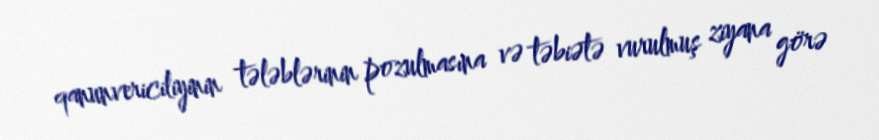
qanunvericiliyinin tələblərinin pozulmasına və təbiətə vurulmuş ziyana görə